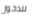
للدخول